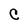
Character: C